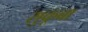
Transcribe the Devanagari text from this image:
सुकूबा